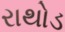
રાથોડ